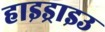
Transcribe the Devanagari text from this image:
हाइड्राइउ